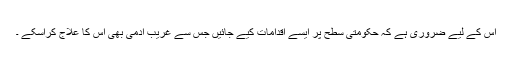
اس کے لیے ضروری ہے کہ حکومتی سطح پر ایسے اقدامات کیے جائیں جس سے غریب آدمی بھی اس کا علاج کراسکے ۔